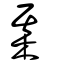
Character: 棊